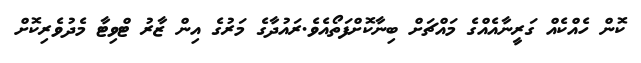
ކޮން ހެއްކެއް ގަރީނާއެއްގެ މައްޗަށް ބިނާކޮށްފަތޯއެވެ.ރައުދާގެ މަރުގެ އިން ޒާރު ޓްވިޓާ މެދުވެރިކޮށް